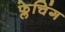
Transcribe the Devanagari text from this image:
फ्लेचिंग